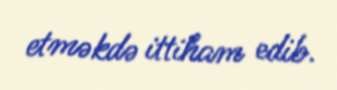
etməkdə ittiham edib.